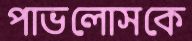
পাভলোসকে